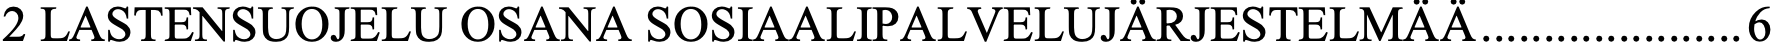
2 LASTENSUOJELU OSANA SOSIAALIPALVELUJÄRJESTELMÄÄ ..................... 6